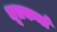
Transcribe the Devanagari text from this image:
धूतकर्मा